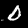
Label: 0